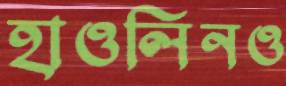
হাওলিনও